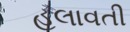
હલાવતી